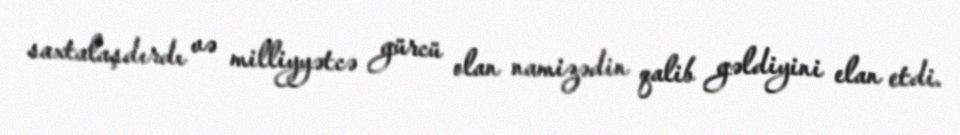
saxtalaşdırdı və milliyyətcə gürcü olan namizədin qalib gəldiyini elan etdi.